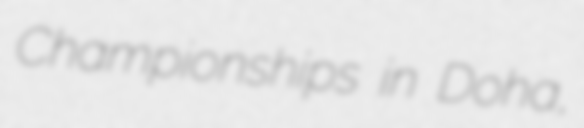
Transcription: Championships in Doha,